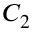
C _ { 2 }